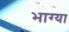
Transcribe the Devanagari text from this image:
भाग्या